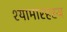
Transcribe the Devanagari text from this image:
श्यामारहस्य